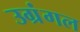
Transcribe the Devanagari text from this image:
उग्रंंगल